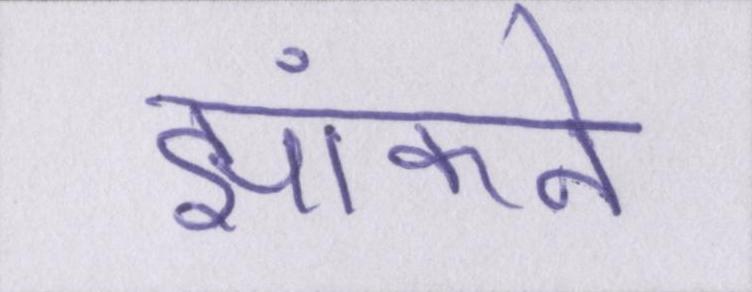
झांकने